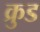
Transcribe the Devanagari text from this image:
क्रुड